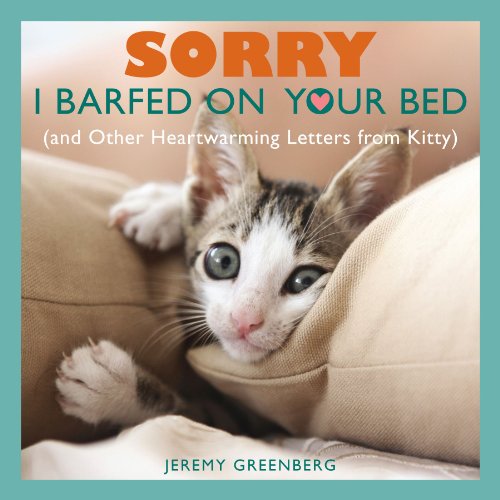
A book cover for Sorry I Barfed on Your Bed (and Other Heartwarming Letters from Kitty); Jeremy Greenberg; Humor & Entertainment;